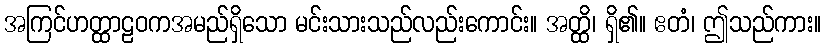
အကြင်ဟတ္ထာဠဝကအမည်ရှိသော မင်းသားသည်လည်းကောင်း။ အတ္ထိ၊ ရှိ၏။ ဧတံ၊ ဤသည်ကား။